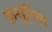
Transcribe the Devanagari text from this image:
क़सूरिया